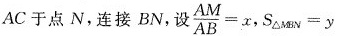
AC于点N，连接BN，设 $$\frac{AM}{AB}=x$$,$$S_{\triangle MBN}=y$$